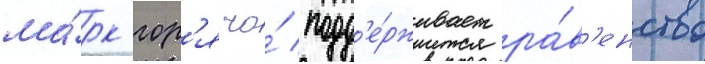
ма́рк гор'ячо́ подд'е́рживает ра́в'енство